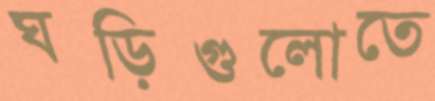
ঘড়িগুলোতে